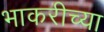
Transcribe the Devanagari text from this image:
भाकरीच्या